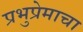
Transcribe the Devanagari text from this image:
प्रभुप्रेमाचा